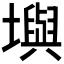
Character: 𪤧